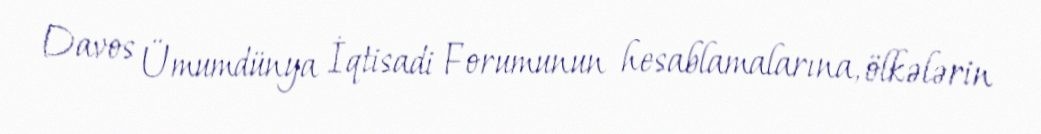
Davos Ümumdünya İqtisadi Forumunun hesablamalarına, ölkələrin